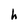
Character: h